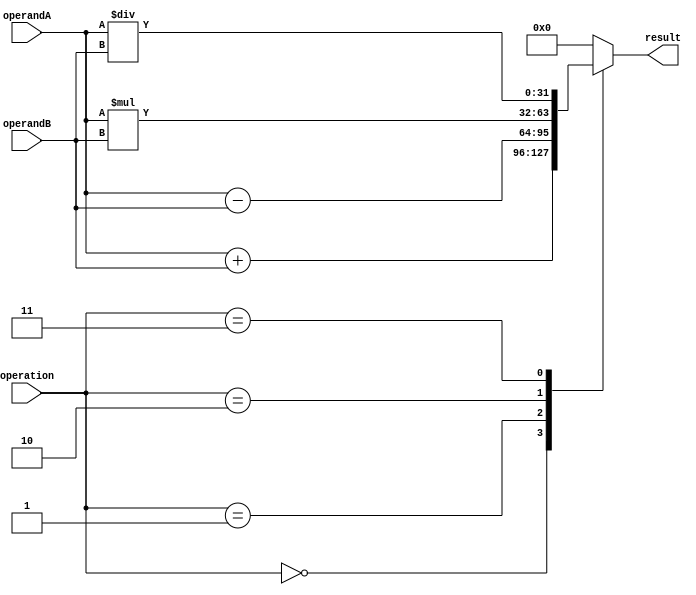
module ALU (
    input [31:0] operandA,
    input [31:0] operandB,
    input [2:0] operation,
    output reg [31:0] result
);

// Define arithmetic blocks
reg [31:0] adder_result;
reg [31:0] subtractor_result;
reg [31:0] multiplier_result;
reg [31:0] divider_result;

// Arithmetic operations
always @*
begin
    case(operation)
        3'b000: result = operandA + operandB; // Addition
        3'b001: result = operandA - operandB; // Subtraction
        3'b010: result = operandA * operandB; // Multiplication
        3'b011: result = operandA / operandB; // Division
        default: result = 32'h00000000; // Default case
    endcase
end

endmodule